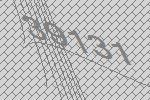
39131